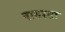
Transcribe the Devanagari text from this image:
वासरसा